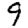
Digit: 9